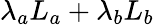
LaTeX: \lambda_{a}L_{a}+\lambda_{b}L_{b}